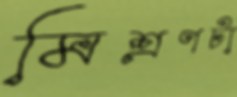
মিশ্রণটা